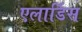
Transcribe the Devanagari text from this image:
एलार्डिस